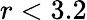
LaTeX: r<3.2